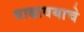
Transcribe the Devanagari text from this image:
वाढावयाचे